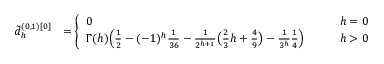
\begin{array} { r l } { \tilde { d } _ { h } ^ { ( 0 , 1 ) [ 0 ] } } & { = \left\{ \begin{array} { l l } { 0 } & { \qquad h = 0 } \\ { \Gamma ( h ) \Big ( \frac { 1 } { 2 } - ( - 1 ) ^ { h } \frac 1 { 3 6 } - \frac { 1 } { 2 ^ { h + 1 } } \big ( \frac 2 3 h + \frac 4 9 \big ) - \frac { 1 } { 3 ^ { h } } \frac 1 4 \Big ) } & { \qquad h > 0 } \end{array} \right. } \end{array}